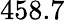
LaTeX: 458.7